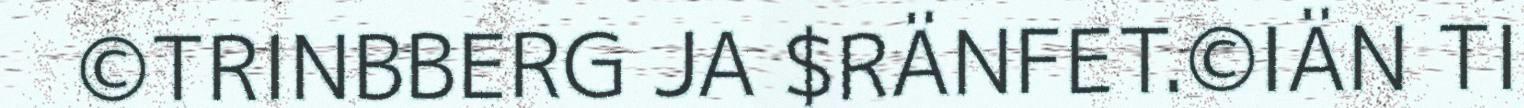
©TRINBBERG JA $RÄNFET.©IÄN TI